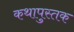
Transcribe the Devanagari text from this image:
कथापुस्तक